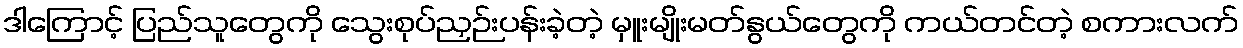
ဒါကြောင့် ပြည်သူတွေကို သွေးစုပ်ညှဉ်းပန်းခဲ့တဲ့ မှူးမျိုးမတ်နွယ်တွေကို ကယ်တင်တဲ့ စကားလက်